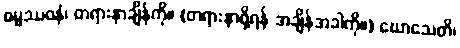
ဓမ္မဿဝနံ၊ တရားနာချိန်ကို။ (တရားနာဖို့ရန် အချိန်အခါကို။) ဃောသေတိ၊